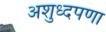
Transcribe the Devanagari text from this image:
अशुध्दपणा